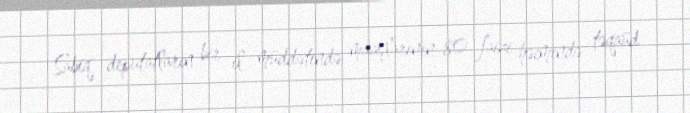
Sabiq deputatların bir il müddətində maaşlarının 80 faizi həcmində təqaüd